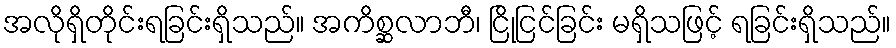
အလိုရှိတိုင်းရခြင်းရှိသည်။ အကိစ္ဆလာဘီ၊ ငြိုငြင်ခြင်း မရှိသဖြင့် ရခြင်းရှိသည်။